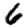
Digit: 6